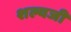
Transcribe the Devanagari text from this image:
शल्यजी